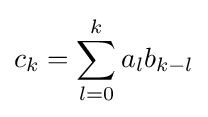
c_{k}=\sum _{l=0}^{k}a_{l}b_{k-l}